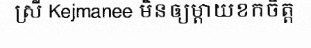
ស្រី Kejmanee មិនឲ្យម្តាយខកចិត្ត